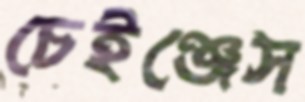
চেইঞ্জেস